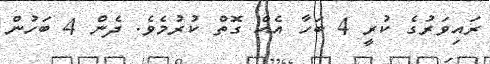
ރައިވަރުގެ ކުރީ 4 ބަހާ އެއް ގޮތް ކުރުމެވެ. ދެން 4 ބަހުން